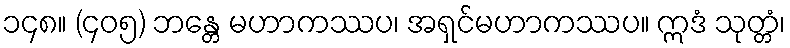
၁၄၈။ (၄၀၅) ဘန္တေ မဟာကဿပ၊ အရှင်မဟာကဿပ။ ဣဒံ သုတ္တံ၊